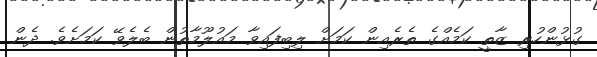
ގުޅުންހުރި ޒާތީ ކަމެއްގެ ތެރެއިން ކަމަށް ލިބިފައިވާ މައުލޫމާތުން ބެލެވޭ ކަމަަަށެވެ. ދެން